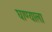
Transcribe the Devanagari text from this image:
घाण्याला